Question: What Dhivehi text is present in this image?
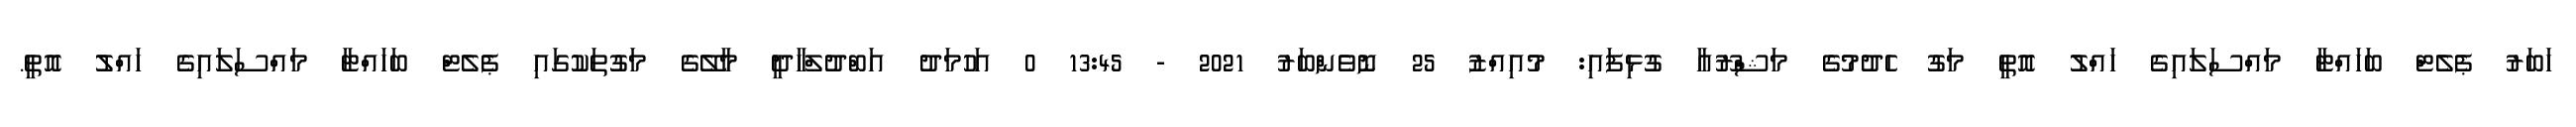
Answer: ހަބަރު ޕެލެޓް ބަހައްޓާ މައްސަލައިގެ ހައްލު އޮތީ މަގު ހެދުމުގެ މަޝްރޫއާ ގުޅިފައި: މުއިއްޒު 25 ނޮވެންބަރު 2021 - 13:45 0 އަހުމަދު އަބްދުލްހާދީ މާލޭގެ މަގުތަކުގައި ޕެލެޓް ބަހައްޓާ މައްސަލައިގެ ހައްލު އޮތީ.